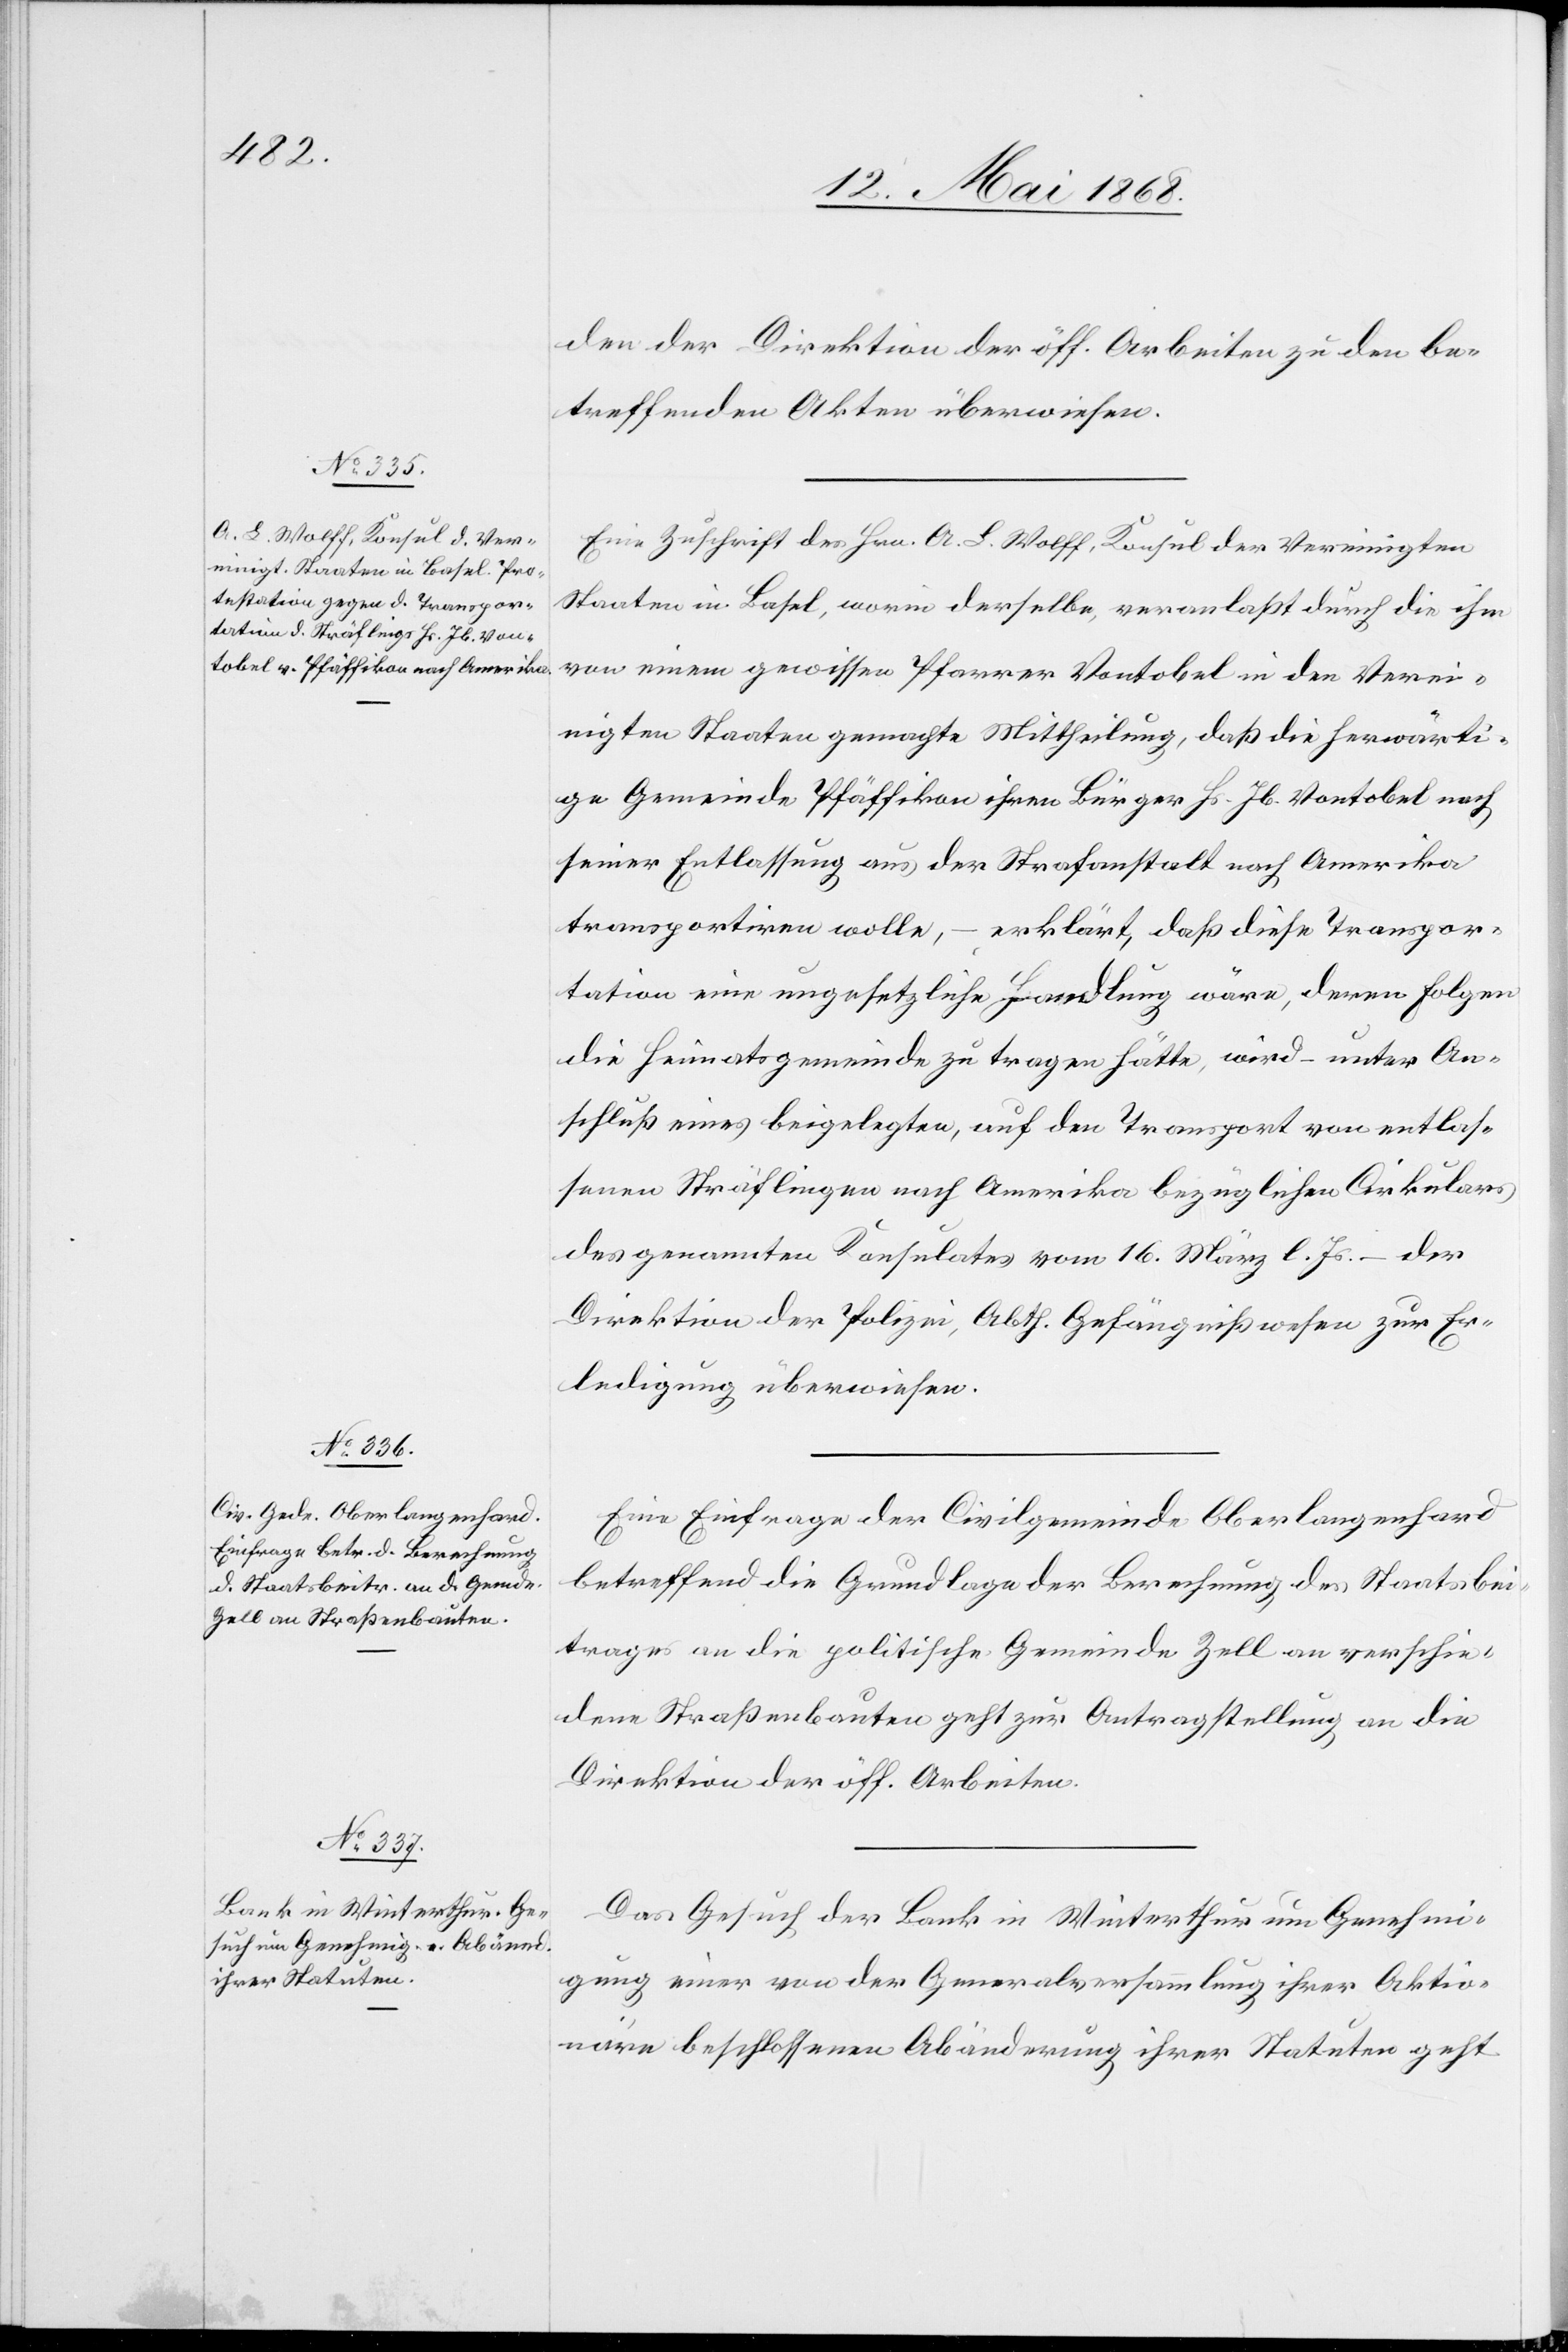
15. Mai 1868.]
den der Direktion der öff. Arbeiten zu den be¬
treffenden Akten überwiesen.
Eine Zuschrift des Hrn. A. L. Wolff, Konsul der Vereinigten
Staaten in Basel, worin derselbe, veranlaßt durch die ihm
von einem gewissen Pfarrer Vontobel in den Verei¬
nigten Staaten gemachte Mittheilung, daß die herwärti¬
ge Gemeinde Pfäffikon ihren Bürger Hs. Jb. Vontobel nach
seiner Entlassung aus der Strafanstalt nach Amerika
transportiren wolle, – erklärt, daß diese Transpor¬
tation eine ungesetzliche Handlung wäre, deren Folgen
die Heimatsgemeinde zu tragen hätte, wird – unter An¬
schluß eines beigelegten, auf den Transport von entlas¬
senen Sträflingen nach Amerika bezüglichen Cirkulars
des genannten Konsulates vom 16. März l. Js. – der
Direktion der Polizei, Abth. Gefängnißwesen zur Er¬
ledigung überwiesen.
Eine Einfrage der Civilgemeinde Oberlangenhard
betreffend die Grundlage der Berechnung des Staatsbei¬
trages an die politische Gemeinde Zell an verschie¬
dene Straßenbauten geht zur Antragstellung an die
Direktion der öff. Arbeiten.
Das Gesuch der Bank in Winterthur um Genehmi¬
gung einer von der Generalversammlung ihrer Aktio¬
näre beschlossenen Abänderung ihrer Statuten geht